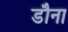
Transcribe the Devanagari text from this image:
डौना